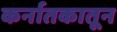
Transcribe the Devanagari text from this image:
कर्नातकातून